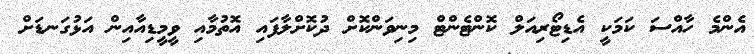
އެންމެ ހާއްސަ ކަމަކީ އެޑިޓޯރިއަލް ކޮންޓެންޓް މިނިވަންކޮށް ދުކޮށްލާފައި އޮތުމާއި ވީމީޑިއާއިން އަޅުގަނޑަށް